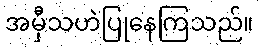
အမှီသဟဲပြုနေကြသည်။